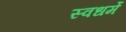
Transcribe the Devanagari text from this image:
स्वधर्मे